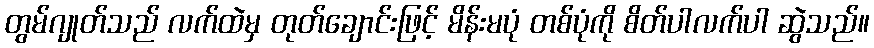
တွမ်ဂျုတ်သည် လက်ထဲမှ တုတ်ချောင်းဖြင့် မိန်းမပုံ တစ်ပုံကို စိတ်ပါလက်ပါ ဆွဲသည်။